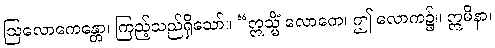
ဩလောကေန္တော၊ ကြည့်သည်ရှိသော်။ “ဣသ္မိံ လောကေ၊ ဤ လောက၌။ ဣမိနာ၊